Scottish Leaving Certificate Examination, 1953
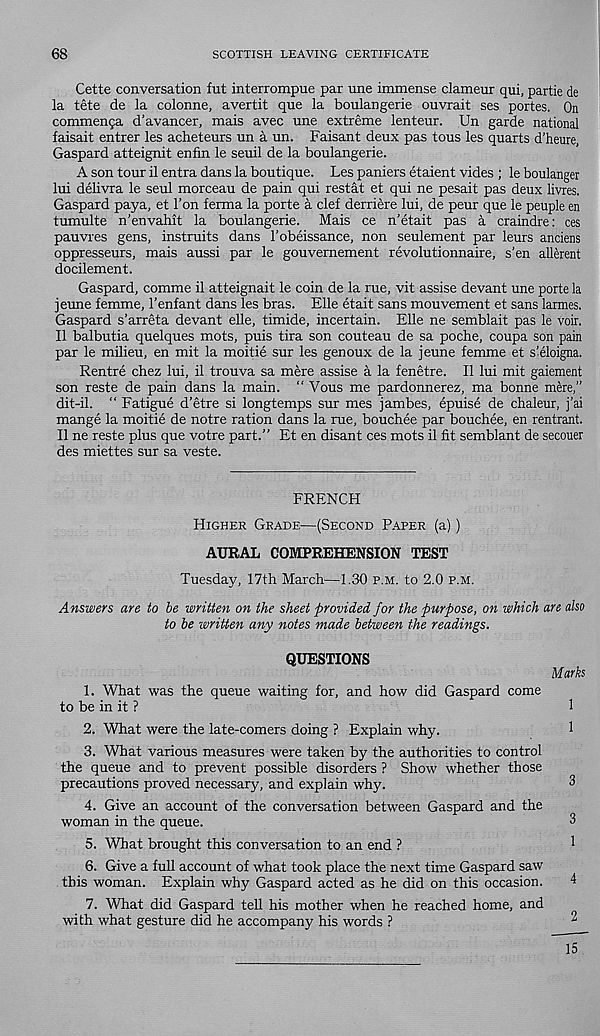
68
SCOTTISH LEAVING CERTIFICATE
Cette conversation fut interrompue par une immense clameur qui, partie de
la tete de la colonne, avertit que la boulangerie ouvrait ses portes. On
commen5a d’avancer, mais avec une extreme lenteur. Un garde national
faisait entrer les acheteurs un a un. Faisant deux pas tous les quarts d'heure,
Gaspard atteignit enfin le seuil de la boulangerie.
A son tour il entra dans la boutique. Les paniers etaient vides ; le boulanger
lui delivra le seul morceau de pain qui restat et qui ne pesait pas deux livres.
Gaspard paya, et Ton ferma la porte a clef derriere lui, de peur que le peuple en
tumulte n’envahit la boulangerie. Mais ce n'etait pas a craindre: ces
pauvres gens, instruits dans I’obeissance, non seulement par leurs anciens
oppresseurs, mais aussi par le gouvernement revolutionnaire, s’en allerent
docilement.
Gaspard, comme il atteignait le coin de la rue, vit assise devant une porte la
jeune femme, 1’enfant dans les bras. File etait sans mouvement et sans larmes.
Gaspard s’arreta devant elle, timide, incertain. File ne semblait pas le voir.
Il balbutia quelques mots, puis tira son couteau de sa poche, coupa son pain
par le milieu, en mit la moitie sur les genoux de la jeune femme et sleloigna,
Rentre chez lui, il trouva sa mere assise a la fenetre. Il lui mit gaiement
son reste de pain dans la main. “ Vous me pardonnerez, ma bonne mere,”
dit-il. “ Fatigue d’etre si longtemps sur mes jambes, epuise de chaleur, j’ai
mange la moitie de notre ration dans la rue, bouchee par bouchee, en rentrant.
Il ne reste plus que votre part.” Et en disant ces mots il fit semblant de secouer
des miettes sur sa veste.
FRENCH
Higher Grade—(Second Paper (a) )
AURAL COMPREHENSION TEST
Tuesday, 17th March—1.30 p.m. to 2.0 p.m.
Answers are to be written on the sheet provided for the purpose, on which are also
to be written any notes made between the readings.
QUESTIONS
Marks
1. What was the queue waiting for, and how did Gaspard come
to be in it ?
1
2. What were the late-comers doing ? Explain why.
1
3. What various measures were taken by the authorities to control
the queue and to prevent possible disorders ? Show whether those
precautions proved necessary, and explain why.
3
4. Give an account of the conversation between Gaspard and the
woman in the queue.
3
5. What brought this conversation to an end ?
i
6. Give a full account of what took place the next time Gaspard saw
this woman. Explain why Gaspard acted as he did on this occasion.
4
7. What did Gaspard tell his mother when he reached home, and
with what gesture did he accompany his words ?
2